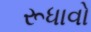
રૂધાવો